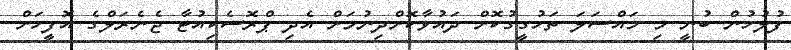
ފުލުހުން ބުނީ މި މައްސަލަ ތަހުގީގުކޮށް ދައުވާކޮށްދިނުމަށް އެދި ޕްރޮސެކިއުޓާ ޖެނެރަލްގެ އޮފީހަށް